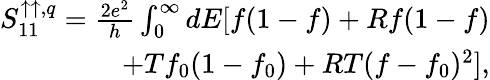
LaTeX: \begin{array}{r}{S_{11}^{\uparrow\uparrow,q}=\frac{2e^{2}}{h}\int_{0}^{\infty}dE[f(1-f)+Rf(1-f)}\\ {+Tf_{0}(1-f_{0})+RT(f-f_{0})^{2}],}\end{array}